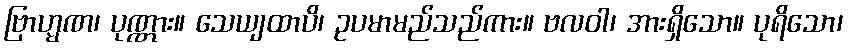
ဗြာဟ္မဏ၊ ပုဏ္ဏား။ သေယျထာပိ၊ ဥပမာမည်သည်ကား။ ဗလဝါ၊ အားရှိသော။ ပုရိသော၊